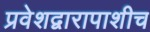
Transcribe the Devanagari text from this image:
प्रवेशद्वारापाशीच